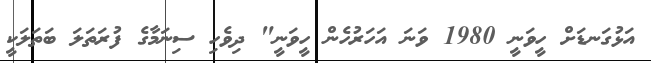
އަޅުގަނޑަށް ހީވަނީ 1980 ވަނަ އަހަރުހެން ހީވަނީ" ދިވެހި ސިނަމާގެ ފުރަތަލަ ބަތަލަކީ